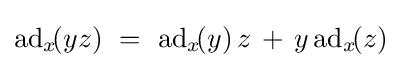
\mathrm {ad} _{x}\!(yz)\ =\ \mathrm {ad} _{x}\!(y)\,z\,+\,y\,\mathrm {ad} _{x}\!(z)